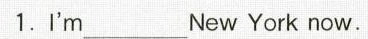
1.I'm ___ New York now.